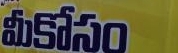
Language: telugu
Transcription: కోసం మీ